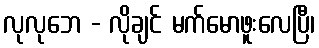
လုလုဘေ - လိုချင် မက်မောဖူးလေပြီ၊